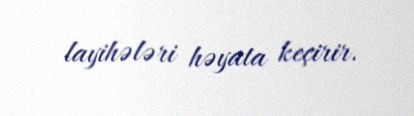
layihələri həyata keçirir.